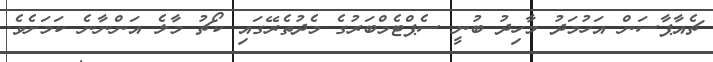
ޗެއާޕާސަން އަހުމަދު މާހިދު ބުނީ ސެޕްޓެމްބަރުގެ މެދުތެރޭގައި ކޯޗު މާލެ އަންނާނެ ކަމަށެވެ.